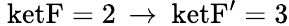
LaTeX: \mathrm{\ ket{F=2}\, \rightarrow\ ket{F^{\prime}=3}}